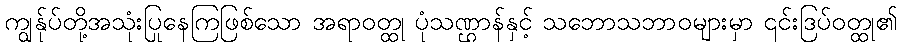
ကျွန်ုပ်တို့အသုံးပြုနေကြဖြစ်သော အရာဝတ္ထု ပုံသဏ္ဌာန်နှင့် သဘောသဘာဝများမှာ ၎င်းဒြပ်ဝတ္ထု၏